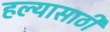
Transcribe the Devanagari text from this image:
हल्यासाठी